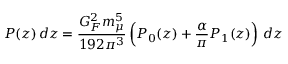
P ( z ) \, d z = \frac { G _ { F } ^ { 2 } m _ { \mu } ^ { 5 } } { 1 9 2 \pi ^ { 3 } } \left( P _ { 0 } ( z ) + \frac { \alpha } { \pi } P _ { 1 } ( z ) \right) \, d z